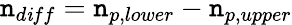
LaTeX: \mathtt{n}_{d\mathit{i}ff}=\mathtt{n}_{p,lower}-\mathtt{n}_{p,upper}